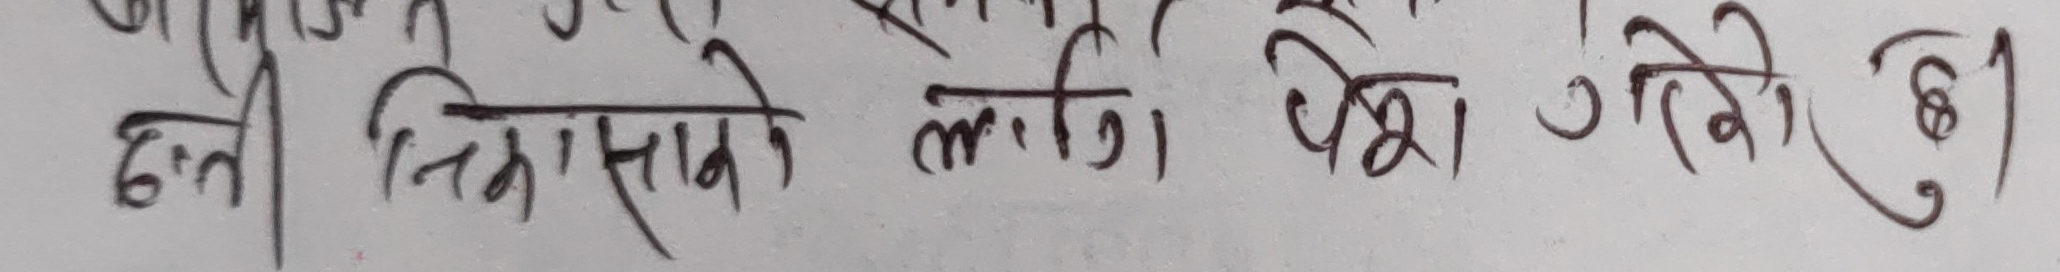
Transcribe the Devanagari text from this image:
छनी निकासाने लागि पेश गरीएको।